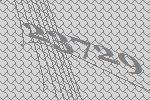
23729